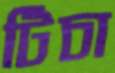
টিচা